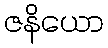
ဇနိယော